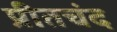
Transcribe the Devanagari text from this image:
प्रीतचंद